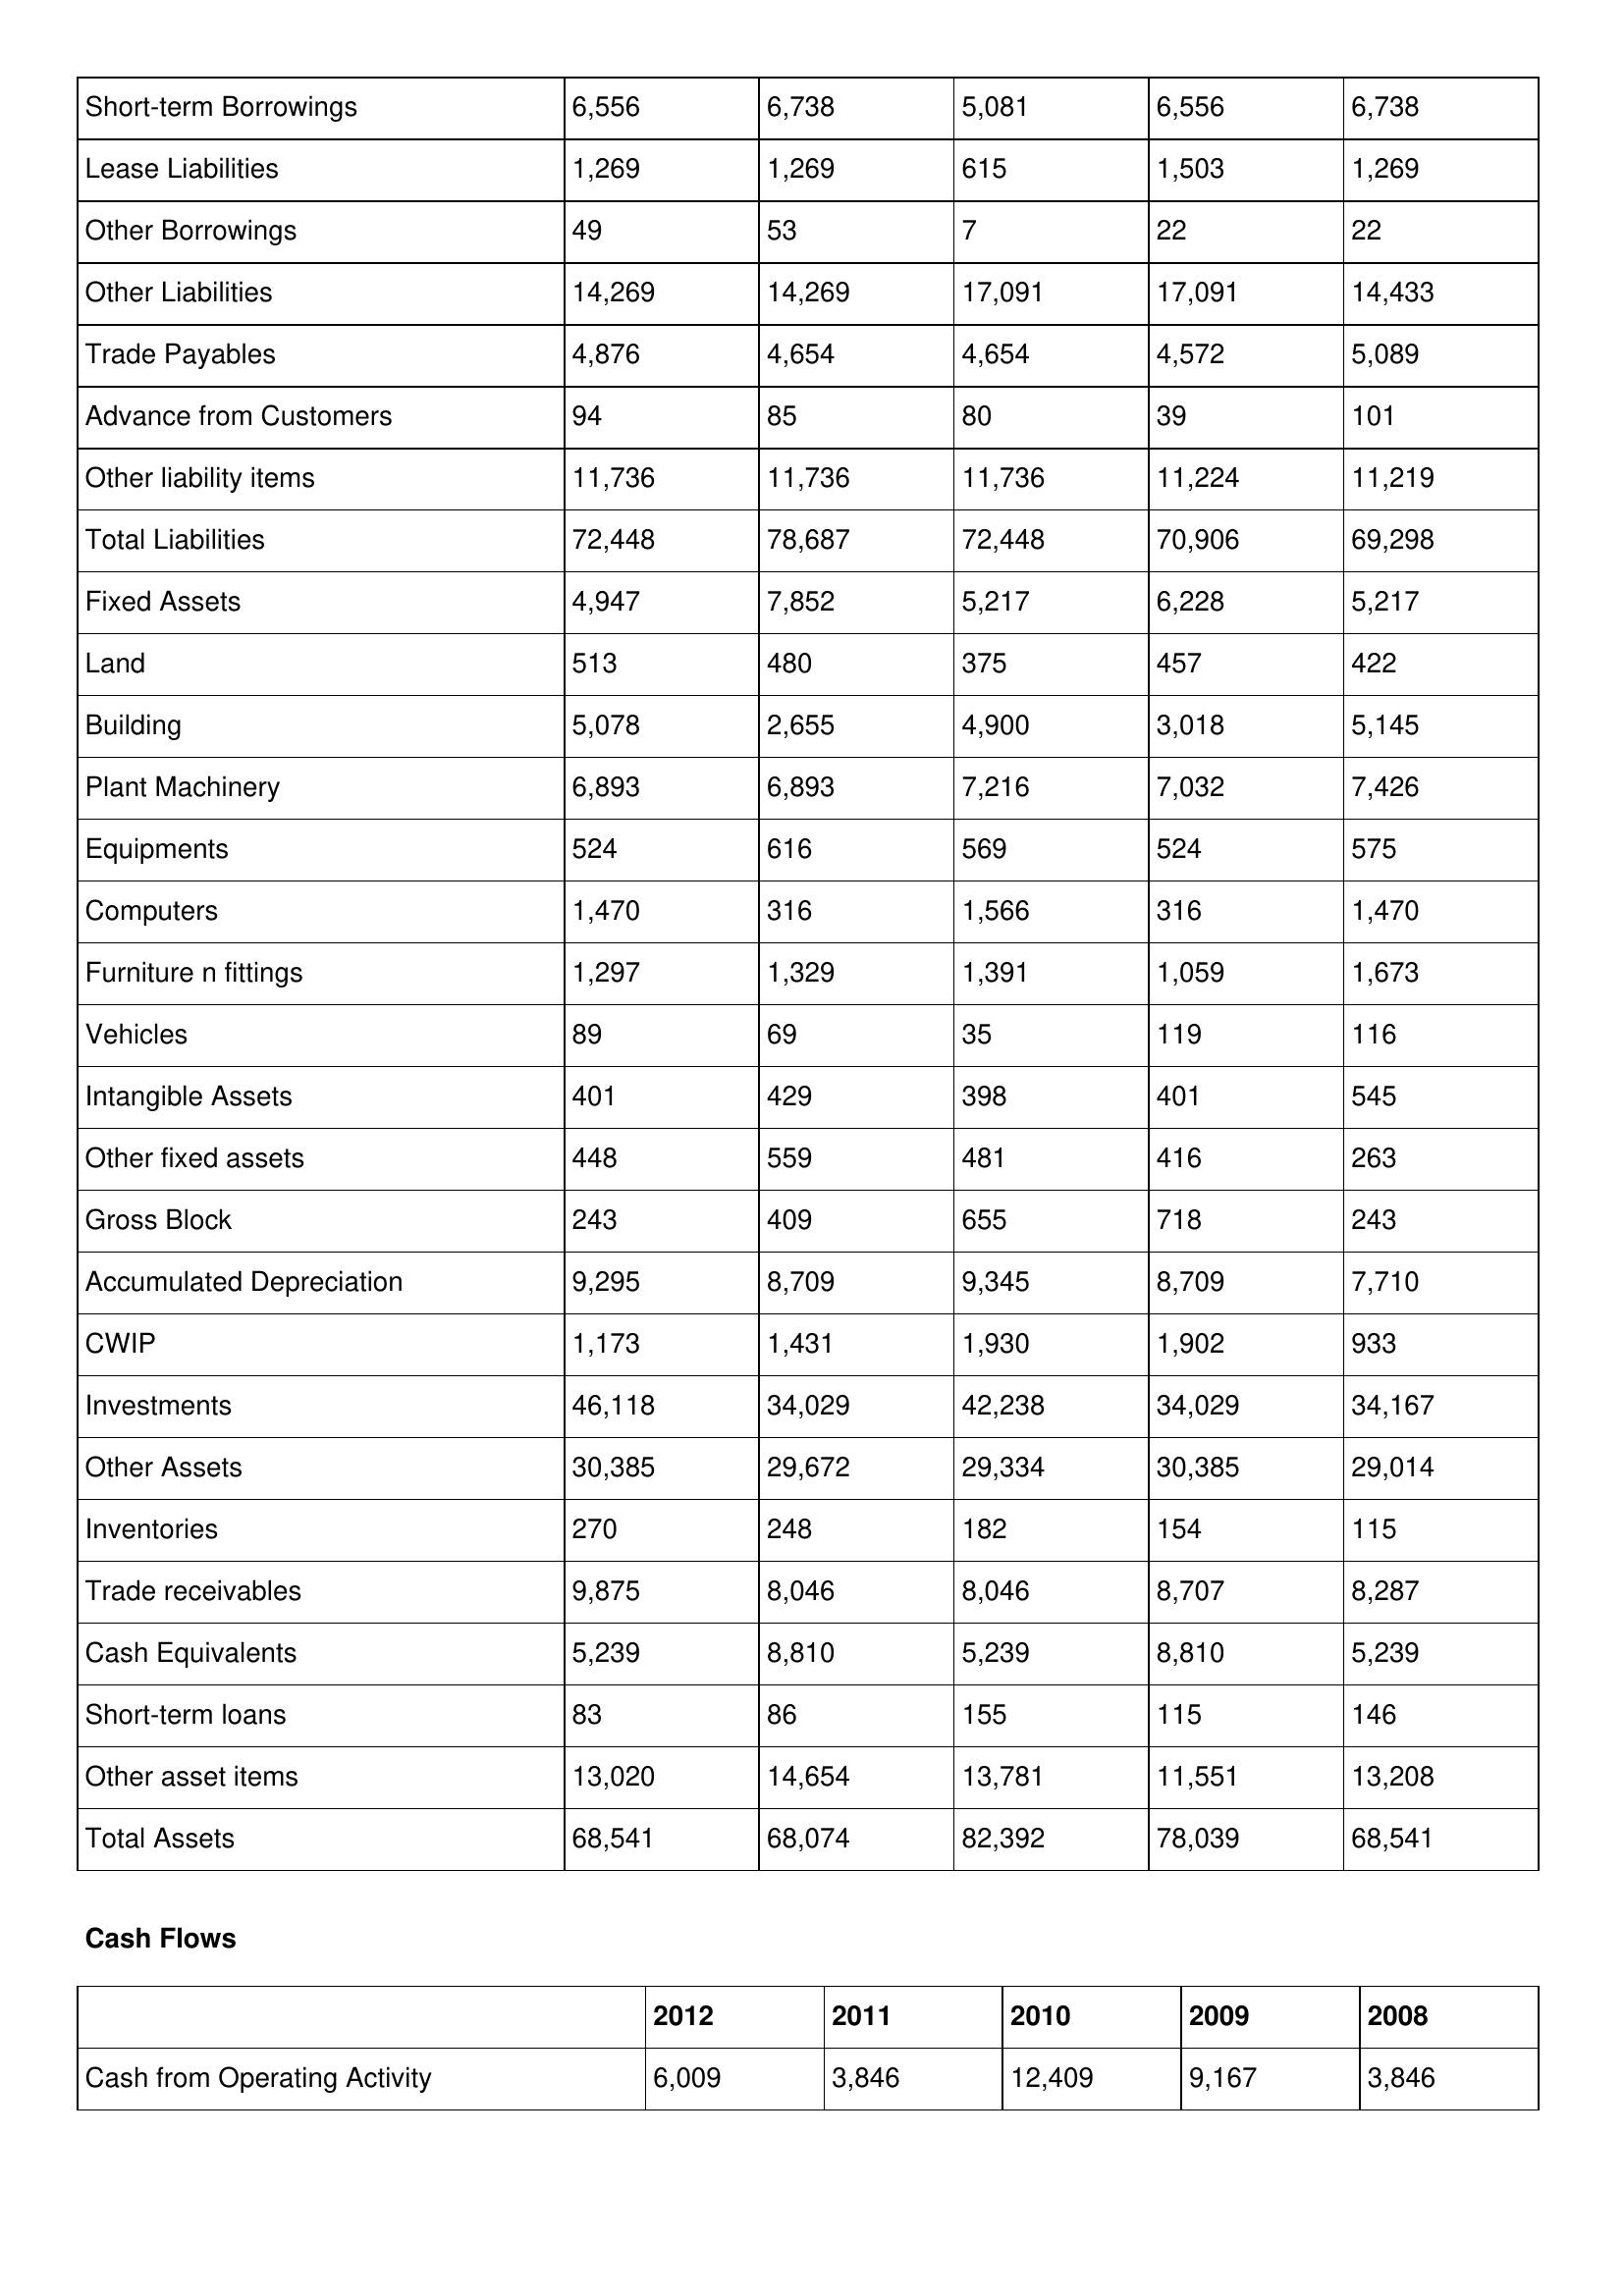
gt_parse: 2012: Balance Sheet: Short-term Borrowings: 6,556
Lease Liabilities: 1,269
Other Borrowings: 49
Other Liabilities: 14,269
Trade Payables: 4,876
Advance from Customers: 94
Other liability items: 11,736
Total Liabilities: 72,448
Fixed Assets: 4,947
Land: 513
Building: 5,078
Plant Machinery: 6,893
Equipments: 524
Computers: 1,470
Furniture n fittings: 1,297
Vehicles: 89
Intangible Assets: 401
Other fixed assets: 448
Gross Block: 243
Accumulated Depreciation: 9,295
CWIP: 1,173
Investments: 46,118
Other Assets: 30,385
Inventories: 270
Trade receivables: 9,875
Cash Equivalents: 5,239
Short-term loans: 83
Other asset items: 13,020
Total Assets: 68,541
Cash Flows: Cash from Operating Activity: 6,009
2011: Balance Sheet: Short-term Borrowings: 6,738
Lease Liabilities: 1,269
Other Borrowings: 53
Other Liabilities: 14,269
Trade Payables: 4,654
Advance from Customers: 85
Other liability items: 11,736
Total Liabilities: 78,687
Fixed Assets: 7,852
Land: 480
Building: 2,655
Plant Machinery: 6,893
Equipments: 616
Computers: 316
Furniture n fittings: 1,329
Vehicles: 69
Intangible Assets: 429
Other fixed assets: 559
Gross Block: 409
Accumulated Depreciation: 8,709
CWIP: 1,431
Investments: 34,029
Other Assets: 29,672
Inventories: 248
Trade receivables: 8,046
Cash Equivalents: 8,810
Short-term loans: 86
Other asset items: 14,654
Total Assets: 68,074
Cash Flows: Cash from Operating Activity: 3,846
2010: Balance Sheet: Short-term Borrowings: 5,081
Lease Liabilities: 615
Other Borrowings: 7
Other Liabilities: 17,091
Trade Payables: 4,654
Advance from Customers: 80
Other liability items: 11,736
Total Liabilities: 72,448
Fixed Assets: 5,217
Land: 375
Building: 4,900
Plant Machinery: 7,216
Equipments: 569
Computers: 1,566
Furniture n fittings: 1,391
Vehicles: 35
Intangible Assets: 398
Other fixed assets: 481
Gross Block: 655
Accumulated Depreciation: 9,345
CWIP: 1,930
Investments: 42,238
Other Assets: 29,334
Inventories: 182
Trade receivables: 8,046
Cash Equivalents: 5,239
Short-term loans: 155
Other asset items: 13,781
Total Assets: 82,392
Cash Flows: Cash from Operating Activity: 12,409
2009: Balance Sheet: Short-term Borrowings: 6,556
Lease Liabilities: 1,503
Other Borrowings: 22
Other Liabilities: 17,091
Trade Payables: 4,572
Advance from Customers: 39
Other liability items: 11,224
Total Liabilities: 70,906
Fixed Assets: 6,228
Land: 457
Building: 3,018
Plant Machinery: 7,032
Equipments: 524
Computers: 316
Furniture n fittings: 1,059
Vehicles: 119
Intangible Assets: 401
Other fixed assets: 416
Gross Block: 718
Accumulated Depreciation: 8,709
CWIP: 1,902
Investments: 34,029
Other Assets: 30,385
Inventories: 154
Trade receivables: 8,707
Cash Equivalents: 8,810
Short-term loans: 115
Other asset items: 11,551
Total Assets: 78,039
Cash Flows: Cash from Operating Activity: 9,167
2008: Balance Sheet: Short-term Borrowings: 6,738
Lease Liabilities: 1,269
Other Borrowings: 22
Other Liabilities: 14,433
Trade Payables: 5,089
Advance from Customers: 101
Other liability items: 11,219
Total Liabilities: 69,298
Fixed Assets: 5,217
Land: 422
Building: 5,145
Plant Machinery: 7,426
Equipments: 575
Computers: 1,470
Furniture n fittings: 1,673
Vehicles: 116
Intangible Assets: 545
Other fixed assets: 263
Gross Block: 243
Accumulated Depreciation: 7,710
CWIP: 933
Investments: 34,167
Other Assets: 29,014
Inventories: 115
Trade receivables: 8,287
Cash Equivalents: 5,239
Short-term loans: 146
Other asset items: 13,208
Total Assets: 68,541
Cash Flows: Cash from Operating Activity: 3,846